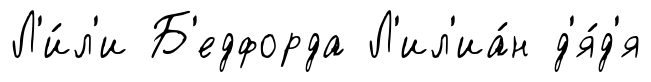
Л'и́л'и Б'едфорда Л'ил'иа́н д'я́д'я